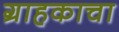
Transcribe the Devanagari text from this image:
ग्राहकाचा